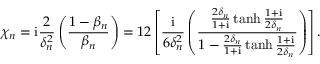
\chi _ { n } = \mathrm { i } \frac { 2 } { \delta _ { n } ^ { 2 } } \left( \frac { 1 - \beta _ { n } } { \beta _ { n } } \right) = 1 2 \left[ \frac { \mathrm { i } } { 6 \delta _ { n } ^ { 2 } } \left( \frac { \frac { 2 \delta _ { n } } { 1 + \mathrm { i } } \operatorname { t a n h } { \frac { 1 + \mathrm { i } } { 2 \delta _ { n } } } } { 1 - \frac { 2 \delta _ { n } } { 1 + \mathrm { i } } \operatorname { t a n h } { \frac { 1 + \mathrm { i } } { 2 \delta _ { n } } } } \right) \right] .